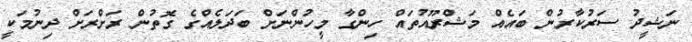
ނަޝީދު ސަރުކާރުން ބައެއް މަޝްރޫއުތައް ހިންގާ މީހުންނަށް ބަދަލެއްގެ ގޮތުން ރަށްރަށް ދިނުމަކީ